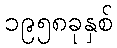
၁၉၅၈ခုနှစ်